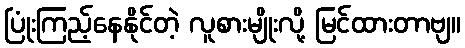
ပြုံးကြည့်နေနိုင်တဲ့ လူစားမျိုးလို့ မြင်ထားတာဗျ။